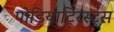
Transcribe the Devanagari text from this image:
पोडियाट्रिस्ट्स